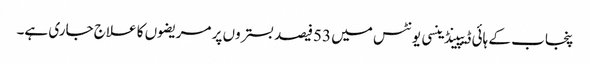
پنجاب کے ہائی ڈیپینڈینسی یونٹس میں 53فیصد بستروں پر مریضوں کا علاج جاری ہے۔